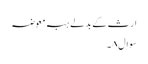
ارث کے بدلے ہبہ معوضہ
سوال۸۔